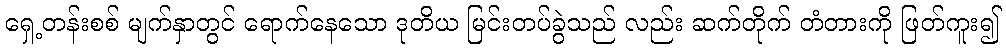
ရှေ့တန်းစစ် မျက်နှာတွင် ရောက်နေသော ဒုတိယ မြင်းတပ်ခွဲသည် လည်း ဆက်တိုက် တံတားကို ဖြတ်ကူး၍